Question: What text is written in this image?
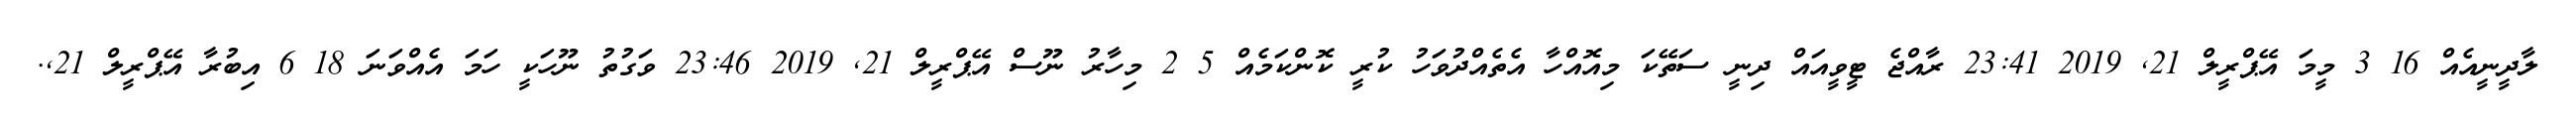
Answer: ލާދީނީއެއް 16 3 މީމަ އޭޕްރީލް 21, 2019 23:41 ރާއްޖެ ޓީވީއައް ދިނީ ސަތޭކަ މިއޮއްހާ އެތެއްދުވަހު ކުރީ ކޮންކަމެއް 5 2 މިހާރު ނޫސް އޭޕްރީލް 21, 2019 23:46 ވަގުތު ނޫހަކީ ހަމަ އެއްވަނަ 18 6 އިބުރާ އޭޕްރީލް 21,.